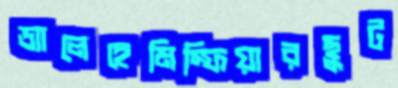
ড্যালেহেমিস্ফিয়ারছুট